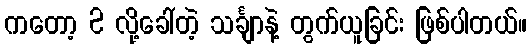
ကတော့ 2 လို့ခေါ်တဲ့ သင်္ချာနဲ့ တွက်ယူခြင်း ဖြစ်ပါတယ်။